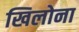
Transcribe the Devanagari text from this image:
खिलोना